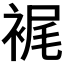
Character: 𧚟